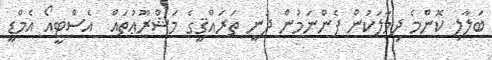
ބަލާލި ކޮންމެ ދިމާލަކުން ފެންނަމުން ދަނީ ތަރައްޤީގެ މަޝްރޫޢުތައް  އެސްޓީއޯ އެމްޑީ